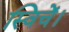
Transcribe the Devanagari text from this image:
स्विचें।